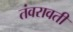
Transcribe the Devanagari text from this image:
तंवरावती